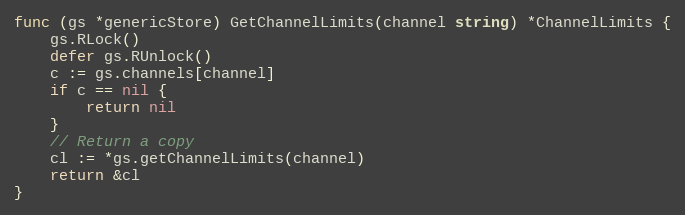
Language: Go
func (gs *genericStore) GetChannelLimits(channel string) *ChannelLimits {
	gs.RLock()
	defer gs.RUnlock()
	c := gs.channels[channel]
	if c == nil {
		return nil
	}
	// Return a copy
	cl := *gs.getChannelLimits(channel)
	return &cl
}